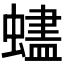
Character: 𬠨